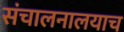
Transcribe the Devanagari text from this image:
संचालनालयाच